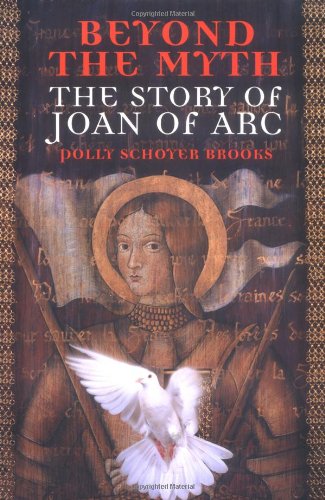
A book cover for Beyond the Myth: The Story of Joan of Arc; Polly Schoyer Brooks; Teen & Young Adult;